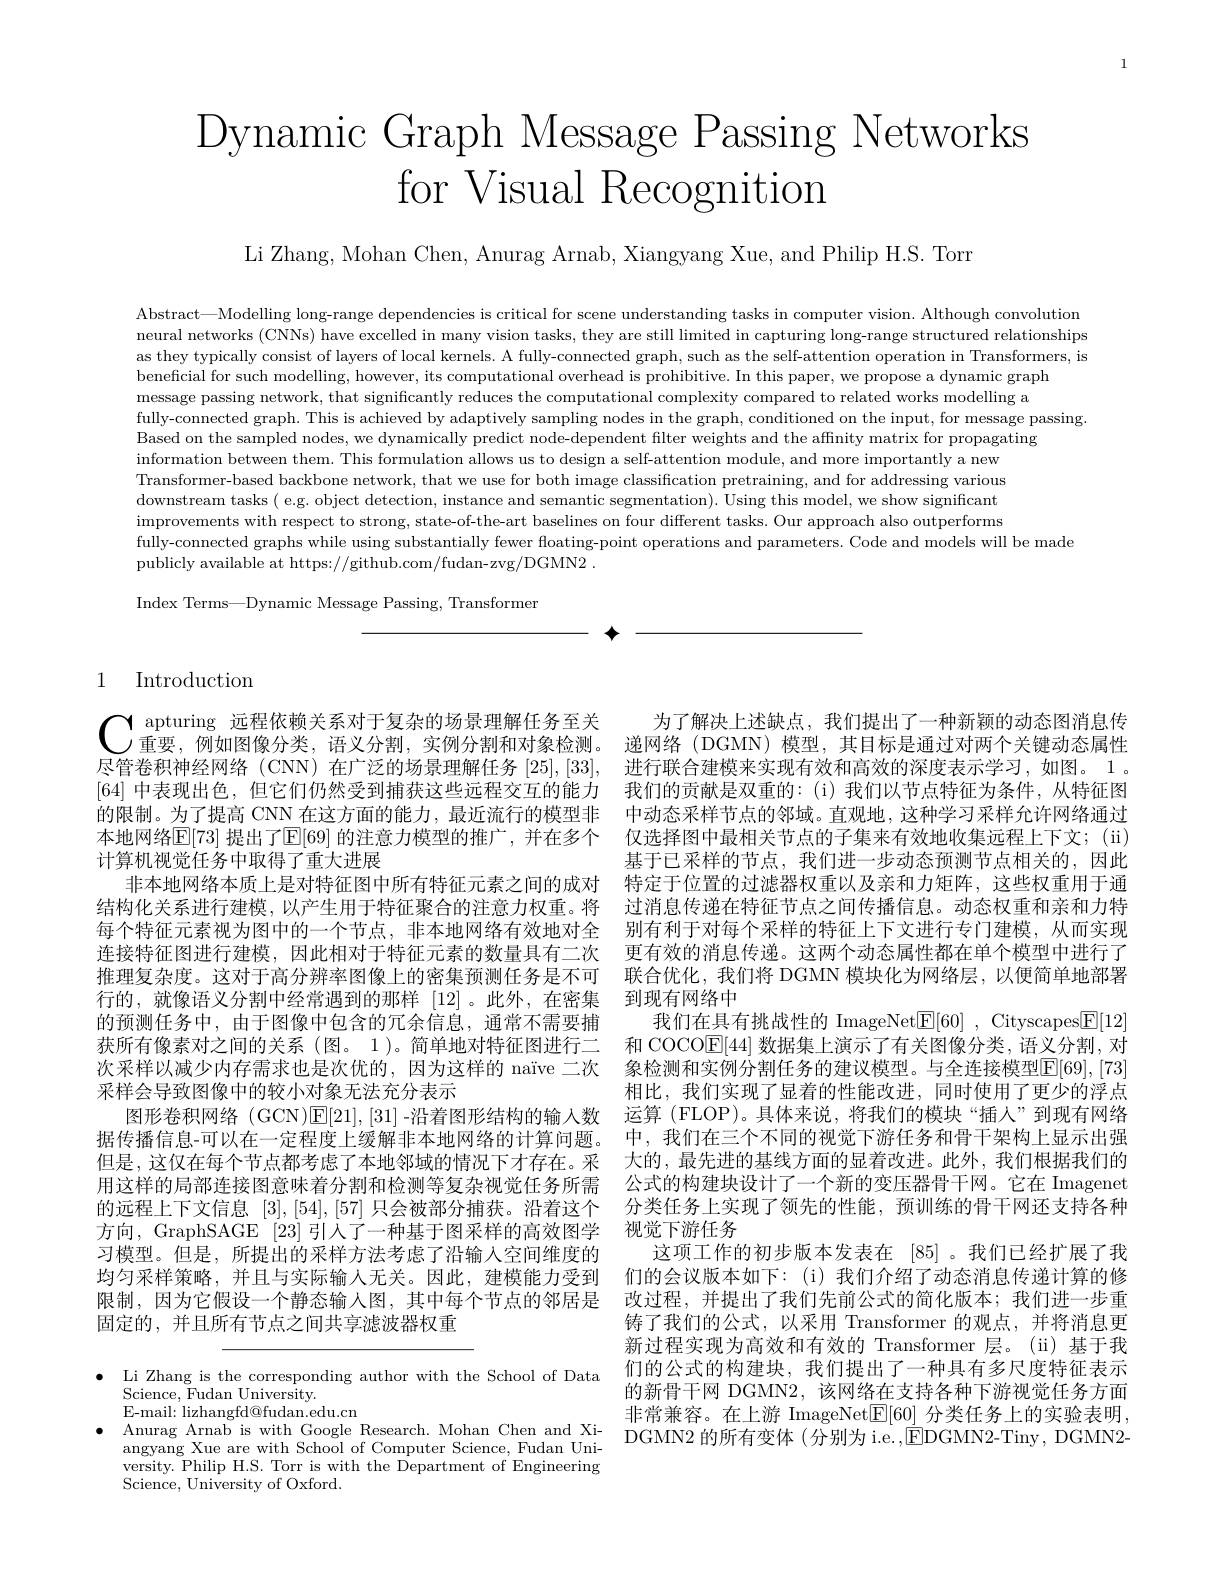
1

# Dynamic Graph Message Passing Networks for Visual Recognition

Li Zhang, Mohan Chen, Anurag Arnab, Xiangyang Xue, and Philip H.S. Torr

Abstract—Modelling long-range dependencies is critical for scene understanding tasks in computer vision. Although convolution neural networks (CNNs) have excelled in many vision tasks, they are still limited in capturing long-range structured relationships as they typically consist of layers of local kernels. A fully-connected graph, such as the self-attention operation in Transformers, is beneficial for such modelling, however, its computational overhead is prohibitive. In this paper, we propose a dynamic graph
message passing network, that significantly reduces the computational complexity compared to related works modelling a
fully-connected graph. This is achieved by adaptively sampling nodes in the graph, conditioned on the input, for message passing
Based on the sampled nodes, we dynamically predict node-dependent filter weights and the affinity matrix for propagating
information between them. This formulation allows us to design a self-attention module, and more importantly a new Transformer-based backbone network, that we use for both image classification pretraining, and for addressing various downstream tasks ( e.g. object detection, instance and semantic segmentation). Using this model, we show significant improvements with respect to strong, state- of- the- art baselines on four different tasks. Our approach also outperforms fully-connected graphs while using substantially fewer floating-point operations and parameters. Code and models will be made
publicly available at https://github.com/fudan-zvg/DGMN2 .

Index Terms—Dynamic Message Passing, Transformer

## 1 Introduction

$\mathbf{C}^{\text{ apturing 远程依赖关系对于复杂的场景理解任务至关}}$为了解决上述缺点，我们提出了一种新颖的动态图消息传重要，例如图像分类，语义分割，实例分割和对象检测。递网络(DGMN)模型，其目标是通过对两个关键动态属性
尽管卷积神经网络 (CNN) 在广泛的场景理解任务[25],[33], [64]中表现出色，但它们仍然受到捕获这些远程交互的能力的限制。为了提高 CNN 在这方面的能力，最近流行的模型非本地网络$\mathbb{E}[73]$ 提出了$\mathbb{E}[69]$ 的注意力模型的推广，并在多个计算机视觉任务中取得了重大进展
非本地网络本质上是对特征图中所有特征元素之间的成对结构化关系进行建模，以产生用于特征聚合的注意力权重。将每个特征元素视为图中的一个节点，非本地网络有效地对全连接特征图进行建模，因此相对于特征元素的数量具有二次推理复杂度。这对于高分辨率图像上的密集预测任务是不可行的，就像语义分割中经常遇到的那样[12]。此外，在密集的预测任务中，由于图像中包含的冗余信息，通常不需要捕获所有像素对之间的关系 (图。1 )。简单地对特征图进行二次采样以减少内存需求也是次优的，因为这样的 naïve 二次采样会导致图像中的较小对象无法充分表示
图形卷积网络 (GCN)E[21],[31] -沿着图形结构的输入数据传播信息-可以在一定程度上缓解非本地网络的计算问题。但是，这仅在每个节点都考虑了本地邻域的情况下才存在。采用这样的局部连接图意味着分割和检测等复杂视觉任务所需的远程上下文信息[3],[54],[57]只会被部分捕获。沿着这个方向，GraphSAGE [23] 引人了一种基于图采样的高效图学习模型。但是，所提出的采样方法考虑了沿输入空间维度的均匀采样策略，并且与实际输入无关。因此，建模能力受到限制，因为它假设一个静态输入图，其中每个节点的邻居是固定的，并且所有节点之间共享滤波器权重

· Li Zhang is the corresponding author with the School of Data
$\begin{array}{c}{\mathrm{Science,~Fudan~University.}}\\{\mathrm{Science,~Fudan~University.}}\\{\mathrm{Science,~Fudan~University.}}\\{\mathrm{Science,~Fudan~University.}}\\{\mathrm{AC}}\\{\mathrm{AC}}\\{\mathrm{AC}}\\{\mathrm{AC}}\\{\mathrm{AC}}\\{\mathrm{AC}}\\{\mathrm{AC}}\\{\mathrm{AC}}\\{\mathrm{AC}}\\{\mathrm{AC}}\\{\mathrm{ACC}}\\{\mathrm{ACC}}\\{\mathrm{ACC}}\\{\mathrm{ACC}}\\{\mathrm{ACC}}\\{\mathrm{ACC}}\\{\mathrm{ACC}}\end{array}$
E-mail: lizhangfd@fudan.edu.cn
versity. Philip H.S. Torr is with the Department of Engineering
Science, University of Oxford.

进行联合建模来实现有效和高效的深度表示学习，如图。1 。我们的贡献是双重的：(i)我们以节点特征为条件，从特征图中动态采样节点的邻域。直观地，这种学习采样允许网络通过仅选择图中最相关节点的子集来有效地收集远程上下文；(ii) 基于已采样的节点，我们进一步动态预测节点相关的，因此特定于位置的过滤器权重以及亲和力矩阵，这些权重用于通过消息传递在特征节点之间传播信息。动态权重和亲和力特别有利于对每个采样的特征上下文进行专门建模，从而实现更有效的消息传递。这两个动态属性都在单个模型中进行了联合优化，我们将 DGMN 模块化为网络层，以便简单地部署到现有网络中
我们在具有挑战性的 ImageNet$\boxed{\mathrm{E} }[ 60]$ , Cityscapes$\boxed{\mathrm{F}}[12]$ 和 COCO$\mathbb{E}[44]$数据集上演示了有关图像分类，语义分割，对象检测和实例分割任务的建议模型。与全连接模型$\overline{\mathbb{E}}[69],[73]$ 相比，我们实现了显着的性能改进，同时使用了更少的浮点运算 (FLOP)。具体来说，将我们的模块“插人”到现有网络中，我们在三个不同的视觉下游任务和骨干架构上显示出强大的，最先进的基线方面的显着改进。此外，我们根据我们的公式的构建块设计了一个新的变压器骨干网。它在 Imagenet 分类任务上实现了领先的性能，预训练的骨干网还支持各种视觉下游任务
这项工作的初步版本发表在 [85] 。我们已经扩展了我们的会议版本如下：(i)我们介绍了动态消息传递计算的修改过程，并提出了我们先前公式的简化版本；我们进一步重铸了我们的公式，以采用 Transformer 的观点，并将消息更新过程实现为高效和有效的 Transformer 层。(ii)基于我们的公式的构建块，我们提出了一种具有多尺度特征表示的新骨干网 DGMN2,该网络在支持各种下游视觉任务方面非常兼容。在上游 ImageNet$\boxed{\mathrm{E}}[60]$分类任务上的实验表明，
$\begin{array}{lll}\bullet&\text{Anurag Arnab is with Google Research. Mohan Chen and Xi-}&\text{中中米在。位上加于 InnagciveL[00] 力失止力上的关型农列，}\\\text{angyang Xue are with School of Computer Science, Fudan Uni-}&\text{DGMN2 的所有变体 (分别为 i.e.,EDGMN2-Tiny, DGMN2-}\end{array}$